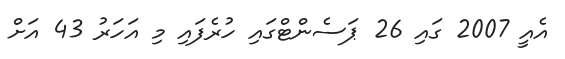
އެއީ 2007 ގައި 26 ޕަސެންޓްގައި ހުރެފައި މި އަހަރު 43 އަށް